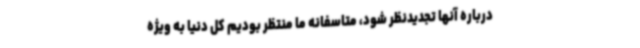
درباره آنها تجدیدنظر شود، متاسفانه ما منتظر بودیم کل دنیا به ویژه